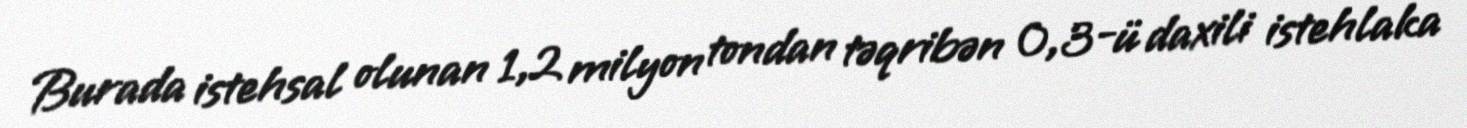
Burada istehsal olunan 1,2 milyon tondan təqribən 0,3-ü daxili istehlaka